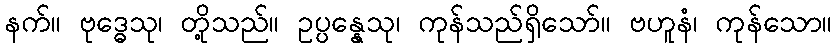
နက်။ ဗုဒ္ဓေသု၊ တို့သည်။ ဥပ္ပန္နေသု၊ ကုန်သည်ရှိသော်။ ဗဟူနံ၊ ကုန်သော။